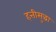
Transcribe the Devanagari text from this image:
हत्तीसुद्धा